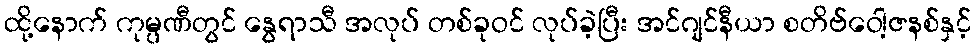
ထို့နောက် ကုမ္ပဏီတွင် နွေရာသီ အလုပ် တစ်ခုဝင် လုပ်ခဲ့ပြီး အင်ဂျင်နီယာ စတိဗ်ဝေါ့ဇနစ်နှင့်